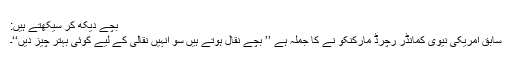
بچے دیکھ کر سیکھتے ہیں:
سابق امریکی نیوی کمانڈر رچرڈ مارکنکو نے کا جملہ ہے ’’ بچے نقال ہوتے ہیں سو انہیں نقالی کے لیے کوئی بہتر چیز دیں‘‘۔